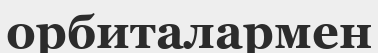
орбиталармен